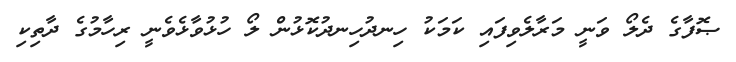
ޞޮފާގެ ދެލޯ ވަނީ މަރާލެވިފައި ކަމަކު ހިނދުހިނދުކޮޅުން ލޯ ހުޅުވާޅެވެނީ ރިހާމުގެ ދާތިކި